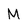
Character: M